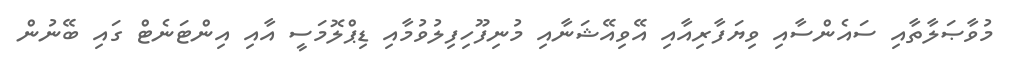
މުވާޞަލާތާއި ސައެންސާއި ވިޔަފާރިއާއި އޭވިއޭޝަނާއި މުނިފޫހިފިލުވުމާއި ޑިޕްލޮމަސީ އާއި އިންޓަނެޓް ގައި ބޭނުން